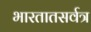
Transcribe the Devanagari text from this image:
भारतातसर्वत्र